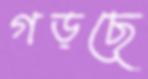
গড়ছে